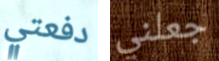
دفعتي جعلني